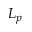
L _ { p }